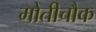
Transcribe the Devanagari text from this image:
मोतीचौक